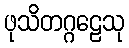
ဖုသိတဂ္ဂဠေသု